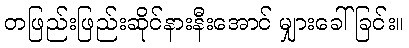
တဖြည်းဖြည်းဆိုင်နားနီးအောင် မျှားခေါ်ခြင်း။